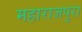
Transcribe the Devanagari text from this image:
महाराजपुरा